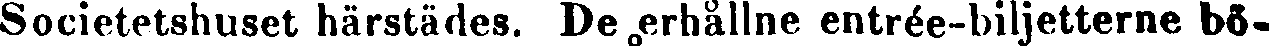
Societetshuset härstädes. De erhållne entrée-biljetterne bö-